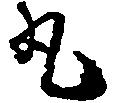
丸